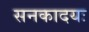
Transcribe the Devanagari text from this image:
सनकादयः